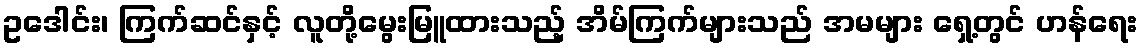
ဥဒေါင်း၊ ကြက်ဆင်နှင့် လူတို့မွေးမြူထားသည့် အိမ်ကြက်များသည် အမများ ရှေ့တွင် ဟန်ရေး